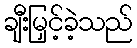
ချီးမြှင့်ခဲ့သည်